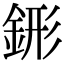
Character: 䤯